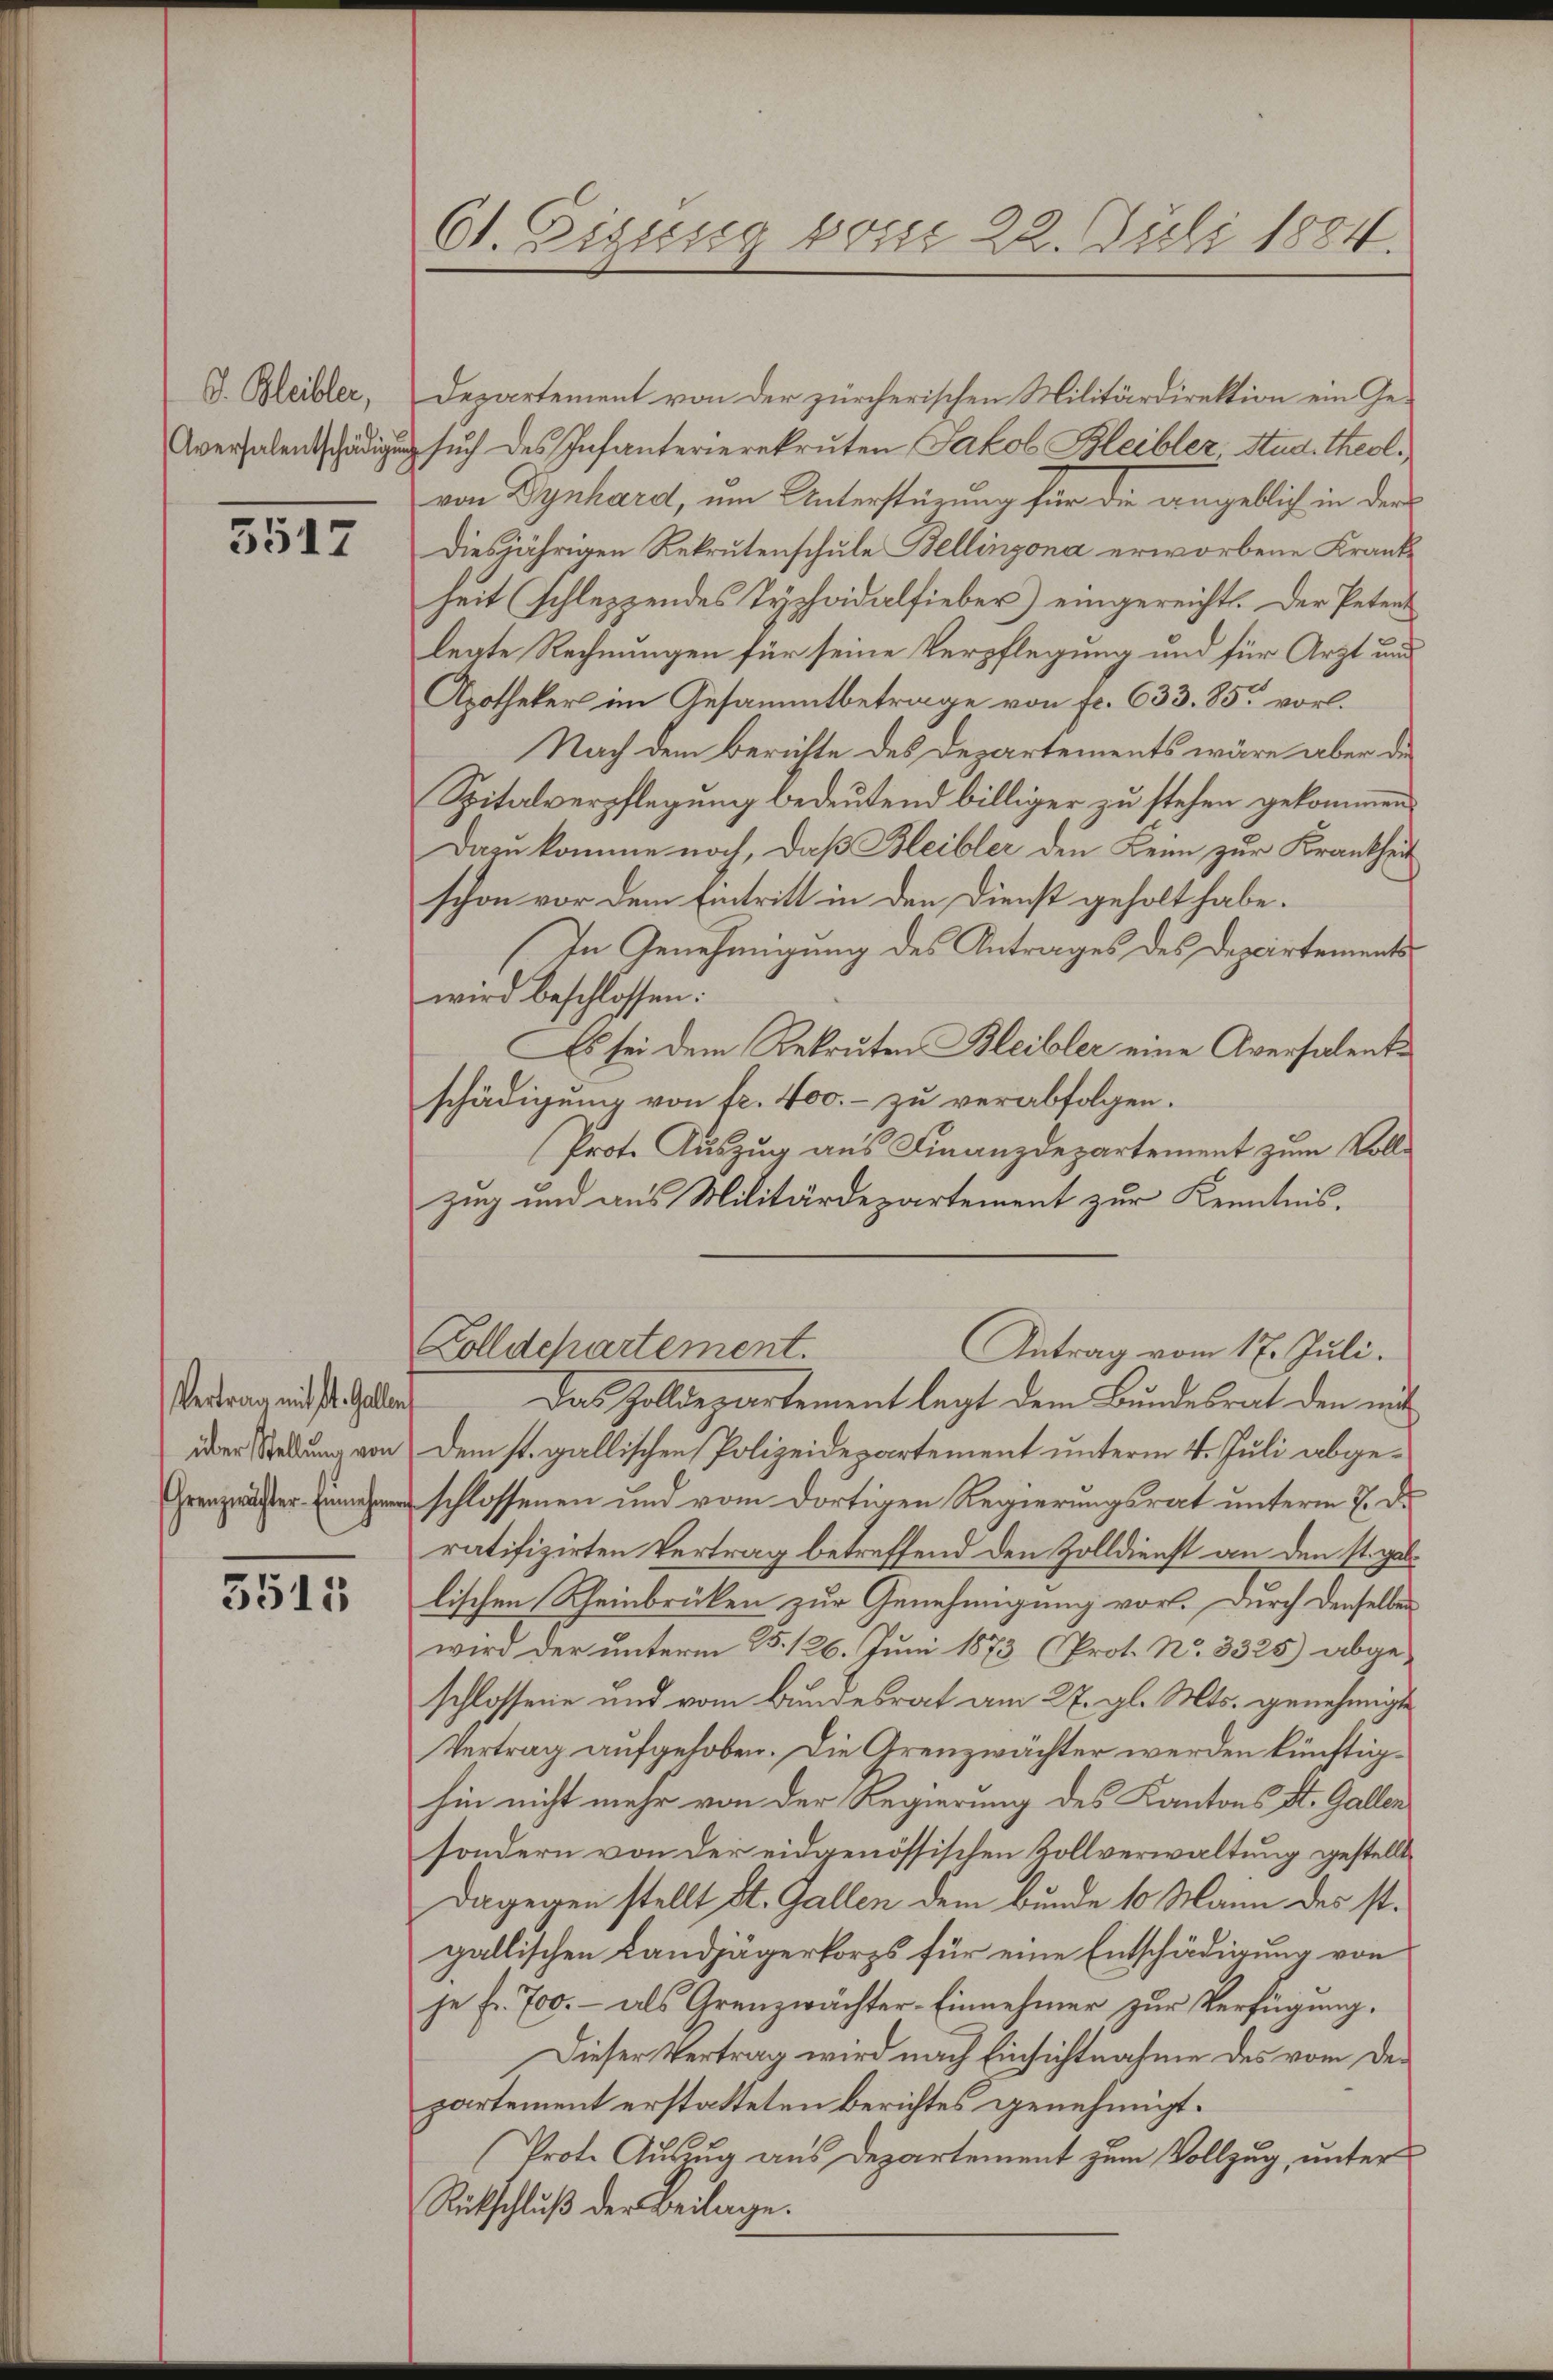
S. Bleibler,

3517

Vertrag mit St. Gallen

3515

Departement von der zürcherischen Militärdirektion ein Ge¬
Aversalentschädigung sŭch des Infanterierekruten Jakob Bleibler, Stud. Theol.
von Dynhard, um Unterstürung für die angeblich in der
diesjährigen Rekrutenschule Bellinzona erworbene Kranke
heit (schleszendes Tychoidalfieber) eingereicht. Der Petent
legte Rechnungen für seine Verpflegung und für Arzt und
Apotheker im Gesammtbetrage von fr. 633. 85 vorl.
Nach dem Berichte des Departements wäre aber die
Spitalverpflegung bedeutend billiger zu stehen gekommen.
Dazu komme noch, daß Bleibler den Keim zur Krankheit
schon vor dem Eintritt in den Dienst geholt habe.
In Genehmigung des Antrages des Departements
wird beschlossen:
Es sei dem Rekruten Bleibler eine Aversalentschädigung von fr. 400.- zu verabfolgen.
Prot. Auszug aus Finanzdepartement zum Voll¬
Zug und aus Militärdepartement zur Kenntnis.
Kolldchartement.
Antrag vom 17. Juli.
Das Zolldepartement legt dem Bundesrat den mit
üder Sedung von dem st. gallischen Polizeidepartement unterm 4. Juli abgeschlossenen und vom dortigen Regierungsrat unterm 7. De
ratifizirten Vertrag betreffend den Zolldienst an den st. gablischen Rheinbrücken zur Genehmigung vor. Durch denselben
wird der unterm 25. 126. Juni 1873 (Prot. No. 3325) abgeschlossene und vom Bundesrat am 27. gl. Mts. genehmigte
Vertrag aufgehoben. Die Grenzwächter werden künftighin nicht mehr von der Regierung des Kantons St. Gallen
sondern von der eidgenössischen Zollverwaltung gestellt
Dagegen stellt St. Gallen dem Bunde 10 Mann des st.
gallischen Landjägerkorps für eine Entschädigung von
je fr. 700.- als Grenzwächter-Einnehmer zur Verfügung.
Dieser Vertrag wird nach Einsichtnahme des vom Departement erstatteten Berichtes genehmigt.
Prote Auszug aus Departement zum Vollzug, unter
Rückschluß der Beilage.

61. Eigung vom 22. Juli 1884.